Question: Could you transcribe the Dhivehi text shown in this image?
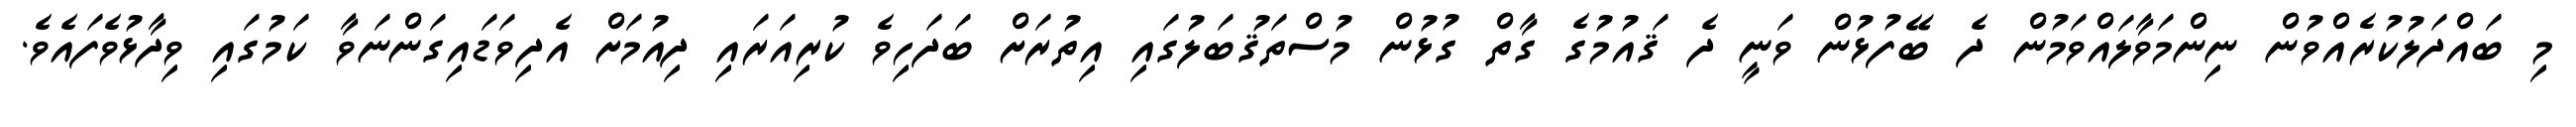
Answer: މި ބައްދަލުކުރެއްވުން ނިންމަވާލައްވަމުން ދެ ބޭފުޅުން ވަނީ ދެ ޤައުމުގެ ގާތް ގުޅުން މުސްތަޤުބަލުގައި އިތުރަށް ބަދަހިވެ ކުރިއަރައި ދިއުމަށް އެދިވަޑައިގަންނަވާ ކަމުގައި ވިދާޅުވެފައެވެ.